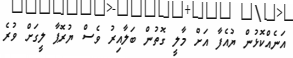
އަނެއްކޮޅުން ޔުއެފާ އަށް މާލީ ގޮތުން ބަލާއިރު ވެސް ޔުރޮޕާ ލީގަށް ވުރެ